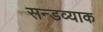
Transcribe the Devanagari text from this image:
सन्डव्याक